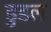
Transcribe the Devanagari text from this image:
डुडल